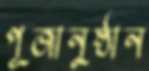
পূজানুষ্ঠান